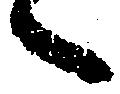
へ